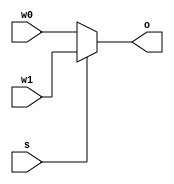
`timescale 1ns / 1ps
//////////////////////////////////////////////////////////////////////////////////

// ID     : N180116
//Branch  : ECE
//Project : RTL design using Verilog
//Design  : N bit input of 2x1 mux
//Module  : mux_2x1_Nbit
//RGUKT NUZVID 
//////////////////////////////////////////////////////////////////////////////////


module mux_2x1_Nbit #(parameter N=3)(w0,w1,s,o);
input [N-1:0]w0;
input [N-1:0]w1;
input s;
output [N-1:0]o;
assign o = s ? w1 : w0;
endmodule